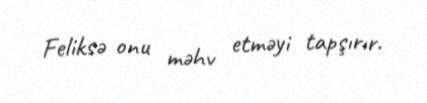
Feliksə onu məhv etməyi tapşırır.